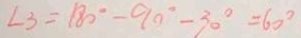
\angle 3 = 1 8 0 ^ { \circ } - 9 0 ^ { \circ } - 3 0 ^ { \circ } = 6 0 ^ { \circ }